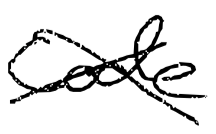
Text: code
Cross-out: cross
Writing tool: digital_black